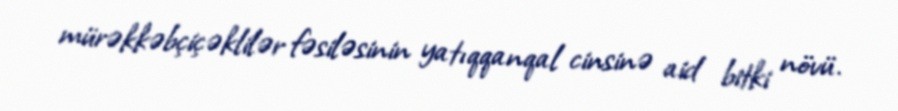
mürəkkəbçiçəklilər fəsiləsinin yatıqqanqal cinsinə aid bitki növü.